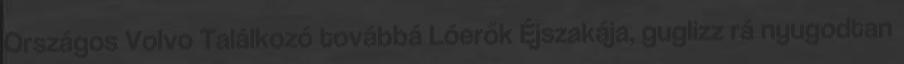
Országos Volvo Találkozó továbbá Lóerők Éjszakája, guglizz rá nyugodtan